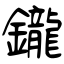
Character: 鑨